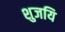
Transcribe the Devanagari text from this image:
शुजयि